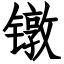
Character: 镦